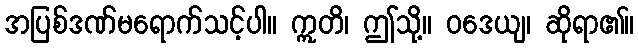
အပြစ်ဒဏ်မရောက်သင့်ပါ။ ဣတိ၊ ဤသို့။ ဝဒေယျ၊ ဆိုရာ၏။